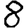
Digit: 8